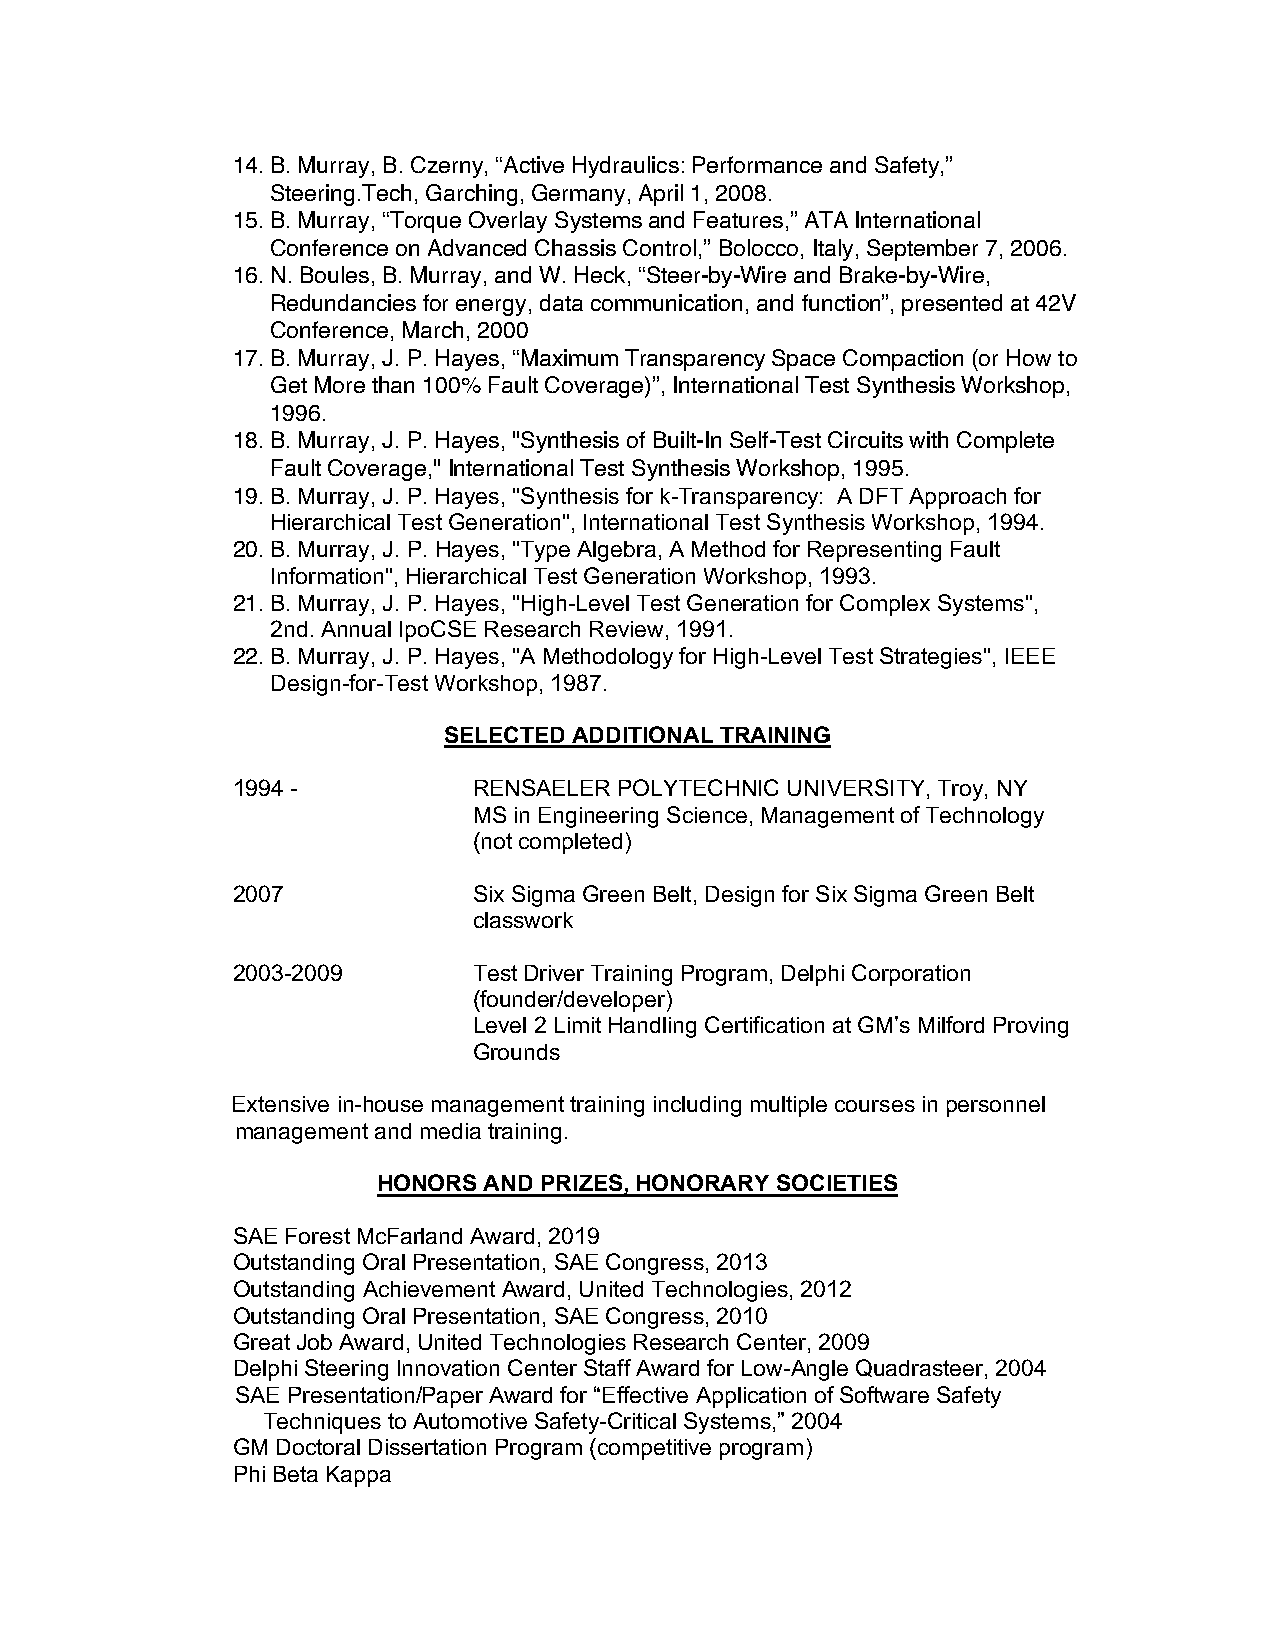
14. B. Murray, B. Czerny, “Active Hydraulics: Performance and Safety,”
 Steering.Tech, Garching, Germany, April 1, 2008.
 15. B. Murray, “Torque Overlay Systems and Features,” ATA International
 Conference on Advanced Chassis Control,” Bolocco, Italy, September 7, 2006.
 16. N. Boules, B. Murray, and W. Heck, “Steer-by-Wire and Brake-by-Wire,
 Redundancies for energy, data communication, and function”, presented at 42V
 Conference, March, 2000
 17. B. Murray, J. P. Hayes, “Maximum Transparency Space Compaction (or How to
 Get More than 100% Fault Coverage)”, International Test Synthesis Workshop,
 1996.
 18. B. Murray, J. P. Hayes, "Synthesis of Built-In Self-Test Circuits with Complete
 Fault Coverage," International Test Synthesis Workshop, 1995.
 19. B. Murray, J. P. Hayes, "Synthesis for k-Transparency: A DFT Approach for
 Hierarchical Test Generation", International Test Synthesis Workshop, 1994.
 20. B. Murray, J. P. Hayes, "Type Algebra, A Method for Representing Fault
 Information", Hierarchical Test Generation Workshop, 1993.
 21. B. Murray, J. P. Hayes, "High-Level Test Generation for Complex Systems",
 2nd. Annual IpoCSE Research Review, 1991.
 22. B. Murray, J. P. Hayes, "A Methodology for High-Level Test Strategies", IEEE
 Design-for-Test Workshop, 1987.
 SELECTED ADDITIONAL TRAINING
 1994 -          RENSAELER POLYTECHNIC UNIVERSITY, Troy, NY
 MS in Engineering Science, Management of Technology
 (not completed)
 2007            Six Sigma Green Belt, Design for Six Sigma Green Belt
 classwork
 2003-2009       Test Driver Training Program, Delphi Corporation
 (founder/developer)
 Level 2 Limit Handling Certification at GM’s Milford Proving
 Grounds
 Extensive in-house management training including multiple courses in personnel
 management and media training.
 HONORS AND PRIZES, HONORARY SOCIETIES
 SAE Forest McFarland Award, 2019
 Outstanding Oral Presentation, SAE Congress, 2013
 Outstanding Achievement Award, United Technologies, 2012
 Outstanding Oral Presentation, SAE Congress, 2010
 Great Job Award, United Technologies Research Center, 2009
 Delphi Steering Innovation Center Staff Award for Low-Angle Quadrasteer, 2004
 SAE Presentation/Paper Award for “Effective Application of Software Safety
 Techniques to Automotive Safety-Critical Systems,” 2004
 GM Doctoral Dissertation Program (competitive program)
 Phi Beta Kappa